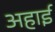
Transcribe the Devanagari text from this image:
अहाई